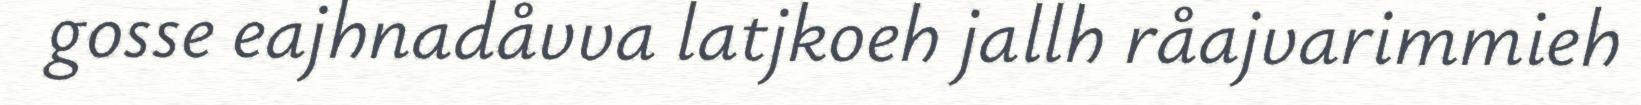
gosse eajhnadåvva latjkoeh jallh råajvarimmieh